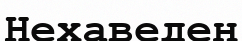
Нехаведен